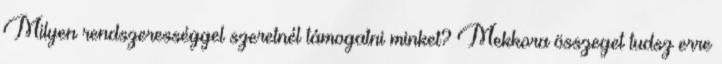
Milyen rendszerességgel szeretnél támogatni minket? Mekkora összeget tudsz erre